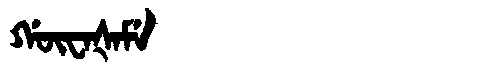
Manchu: ᡤᡡᠸᠠᡧᠠᠮᡝ
Romanization: GŪWAŠAME